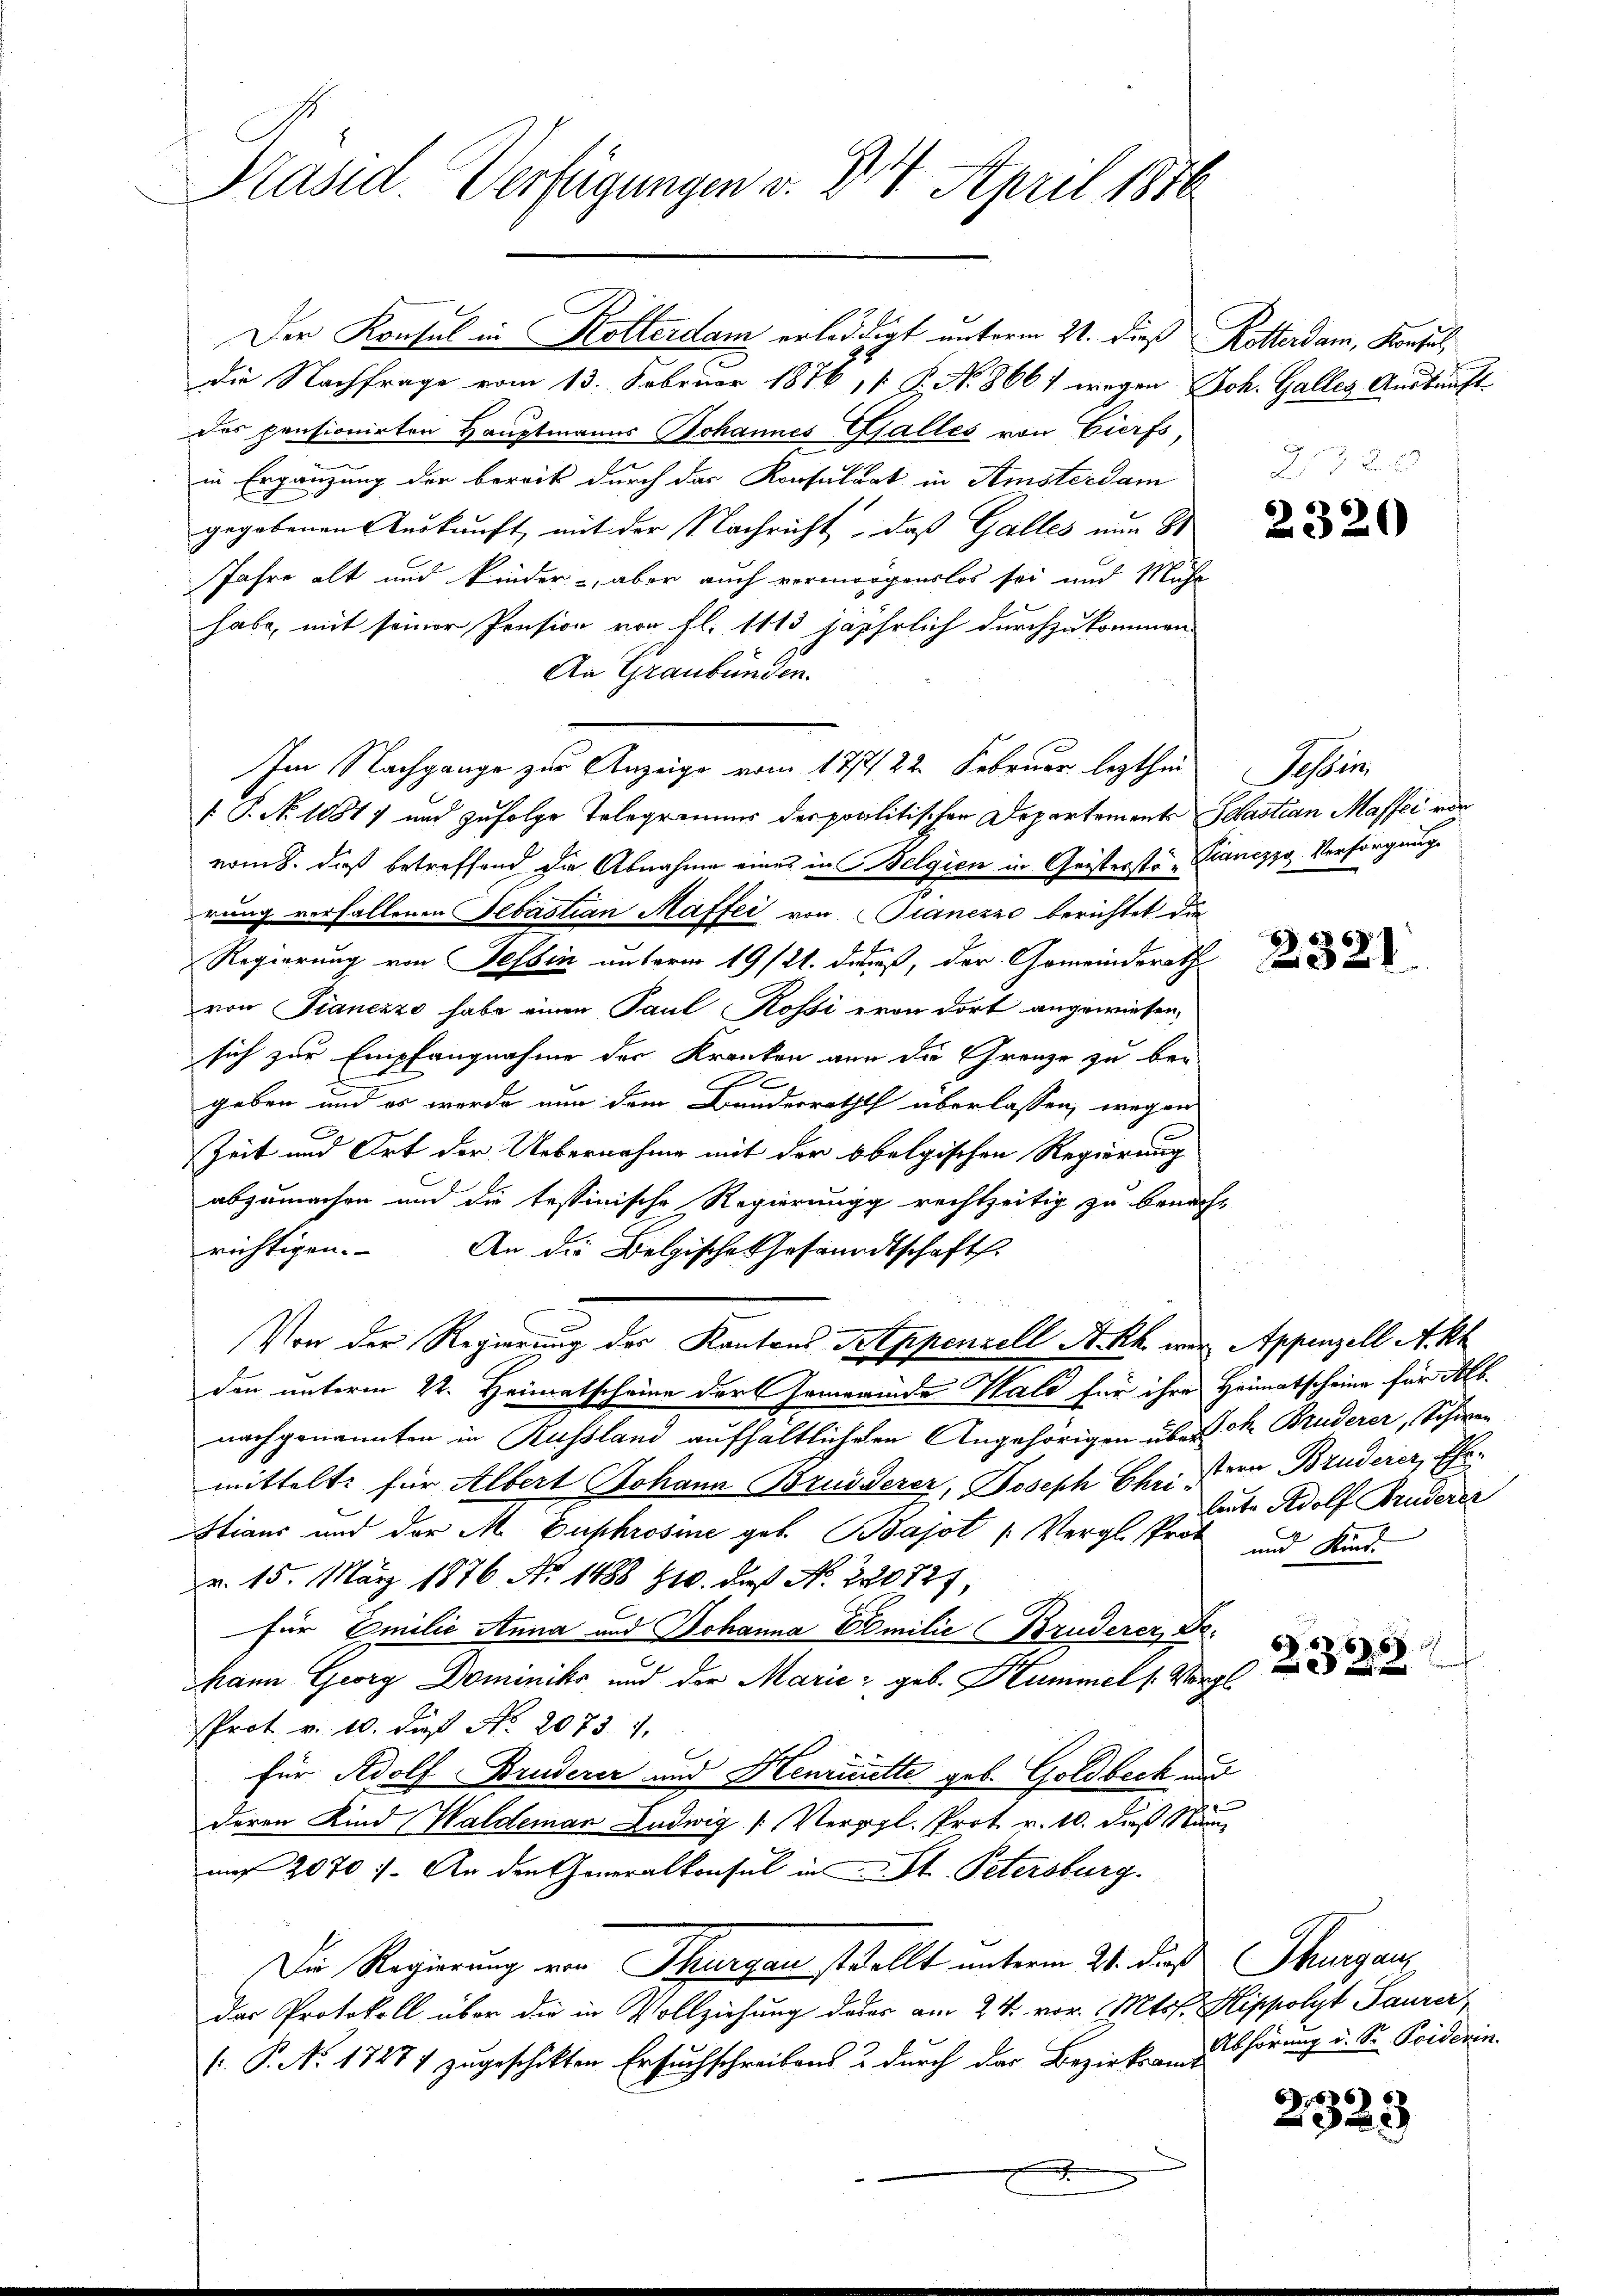
Präsid. Verfügungen v. 24. April 1876

Der Konsul in Kotterdam erledigt unterm 21. dieß Rotterdam, Konsul
die Nachfrage vom 13. Februar 1876, P. N. 8661 wegen Joh. Galles Auskauft
des pensionirten Hauptmanns Johannes Galles von Gierfs,
in Ergänzung der bereits durch das Konsuluat in Amsterdam
gegebenen Auskunft, mit der Nachricht, daß Galles nun
Jahre alt und kinder, aber auch vermorgenslos sei und Muhr
habe, mit seiner Pension von fl. 1113 jährlich durchzukommen.
An Graubünden.
Im Nachgange zur Anzeige vom 17t 22. Februar lezthin Tessin,
[ P. No 10817 und zufolge Telegramms der politischen Departements Sebastian Masser vor
vom 8. dieß betreffend die Abnahme eines in Belgien in Geisterste Pianczyg-Versorgung
rung verfallenen Sebastian Maffee von Stanezzo berichtet die
Regierung von Tessin unterm 19/21. daß, der Gemeinderath d
von Pianezzo habe einen Paul Rossi evon dort angewiesen,
sich zur Empfangnahme der Kranken nun die Grenze zu be-
geben und er werde nun dem Bundesrathes überlassen, wegen
Zeit und Ort der Uebernahme mit der Obelgischen Regierung
abzumachen und die tessinische Regierung rechtzeitig zu benach-
richtigen. An die Belgische Gesandtschafts
Von der Regierung der Kantons Treppenzell St. Rh. war Appenzell Akt
den unterm 22. Heimatscheine der Gemeinde Wald für ihre Heimatscheine für Alb.
nachgenannten in Russland aufhaltlicheren Angehörigen über M. Bruderer, Schwer
mittelt: für Albert Johann Bruderer, Joseph Chri, von Bruderer, Ehe¬
Stiaus und der M. Euphrosine geb. Bajot (Vergl. Prot und Kind
v. 15. März 1876. No. 1488 810. dieß No. 220727,
für Emilie Anna und Johanna Emilie Bruderer Dr.
Mann Georg Dominiks und der Marie geb. Hummel (Vergl.
Prot. v. 10. daß No. 2073. 1.
für Adolf Bruderer und Henriette geb. Goldbeck und
deren Kind Waldeman Ludwig [Vergl. Prot. v. 10. dieß Nam
uus 20701. An den Generalkonsul in St. Petersburg.
Die Regierung von Thurgau stellt unterm 21. dieß Thurgau
das Protokoll über die in Vollziehung dader am 24. vor. Mts. Hippolyt Saurer
(: P. Nr. 1747 zugeschikten Ersuchschreibens & durch der Bezirksam Abhörung u. St. Poiderin

leute Adolf Bruderer

232. 3

6
2323